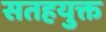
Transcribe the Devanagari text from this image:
सतहयुक्त